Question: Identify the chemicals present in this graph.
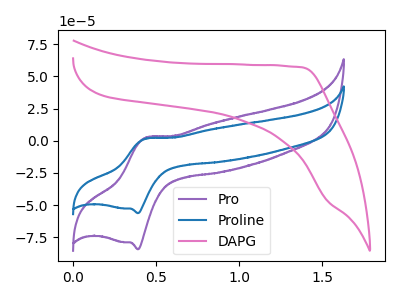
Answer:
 <answer>The purple curve is labeled "Pro". The blue curve is labeled "Proline". The pink curve is labeled "DAPG".</answer>
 <eval></eval>